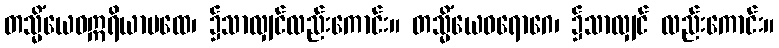
တသ္မိံယေဝဣရိယာပထေ၊ ၌သာလျှင်လည်းကောင်း။ တသ္မိံယေဝရောဂေ၊ ၌သာလျှင် လည်းကောင်း။